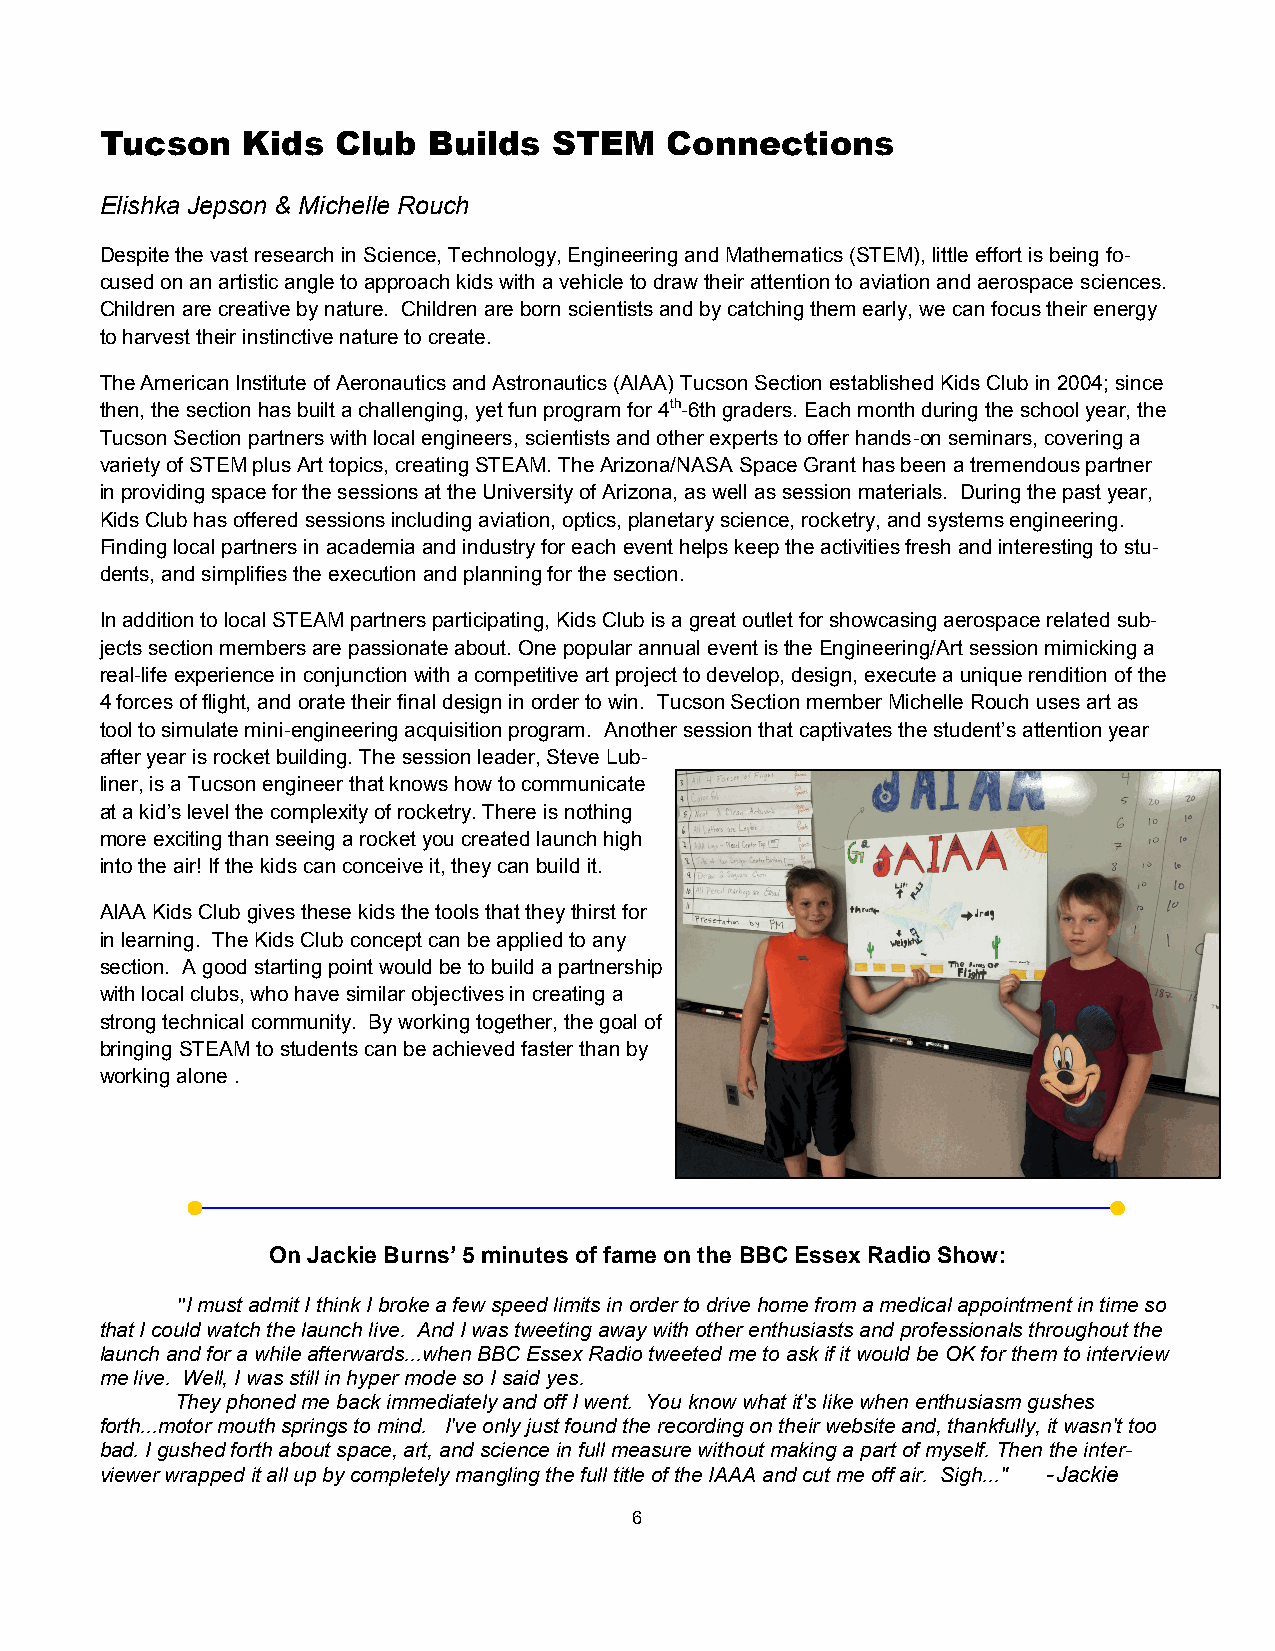
Tucson   Kids  Club  Builds   STEM   Connections
 Elishka Jepson & Michelle Rouch
 Despite the vast research in Science, Technology, Engineering and Mathematics (STEM), little effort is being fo-
 cused on an artistic angle to approach kids with a vehicle to draw their attention to aviation and aerospace sciences.
 Children are creative by nature. Children are born scientists and by catching them early, we can focus their energy
 to harvest their instinctive nature to create.
 The American Institute of Aeronautics and Astronautics (AIAA) Tucson Section established Kids Club in 2004; since
 then, the section has built a challenging, yet fun program for 4th-6th graders. Each month during the school year, the
 Tucson Section partners with local engineers, scientists and other experts to offer hands-on seminars, covering a
 variety of STEM plus Art topics, creating STEAM. The Arizona/NASA Space Grant has been a tremendous partner
 in providing space for the sessions at the University of Arizona, as well as session materials. During the past year,
 Kids Club has offered sessions including aviation, optics, planetary science, rocketry, and systems engineering.
 Finding local partners in academia and industry for each event helps keep the activities fresh and interesting to stu-
 dents, and simplifies the execution and planning for the section.
 In addition to local STEAM partners participating, Kids Club is a great outlet for showcasing aerospace related sub-
 jects section members are passionate about. One popular annual event is the Engineering/Art session mimicking a
 real-life experience in conjunction with a competitive art project to develop, design, execute a unique rendition of the
 4 forces of flight, and orate their final design in order to win. Tucson Section member Michelle Rouch uses art as
 tool to simulate mini-engineering acquisition program. Another session that captivates the student’s attention year
 after year is rocket building. The session leader, Steve Lub-
 liner, is a Tucson engineer that knows how to communicate
 at a kid’s level the complexity of rocketry. There is nothing
 more exciting than seeing a rocket you created launch high
 into the air! If the kids can conceive it, they can build it.
 AIAA Kids Club gives these kids the tools that they thirst for
 in learning. The Kids Club concept can be applied to any
 section. A good starting point would be to build a partnership
 with local clubs, who have similar objectives in creating a
 strong technical community. By working together, the goal of
 bringing STEAM to students can be achieved faster than by
 working alone .
 On Jackie Burns’ 5 minutes of fame on the BBC Essex Radio Show:
 "I must admit I think I broke a few speed limits in order to drive home from a medical appointment in time so
 that I could watch the launch live. And I was tweeting away with other enthusiasts and professionals throughout the
 launch and for a while afterwards...when BBC Essex Radio tweeted me to ask if it would be OK for them to interview
 me live. Well, I was still in hyper mode so I said yes.
 They phoned me back immediately and off I went. You know what it's like when enthusiasm gushes
 forth...motor mouth springs to mind. I've only just found the recording on their website and, thankfully, it wasn't too
 bad. I gushed forth about space, art, and science in full measure without making a part of myself. Then the inter-
 viewer wrapped it all up by completely mangling the full title of the IAAA and cut me off air. Sigh..." -Jackie
 6